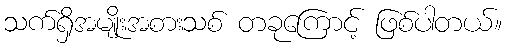
သက်ရှိအမျိုးအစားသစ် တခုကြောင့် ဖြစ်ပါတယ်။